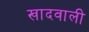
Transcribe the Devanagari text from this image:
खादवाली